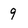
Character: 9